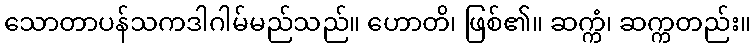
သောတာပန်သကဒါဂါမ်မည်သည်။ ဟောတိ၊ ဖြစ်၏။ ဆက္ကံ၊ ဆက္ကတည်း။